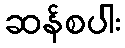
ဆန်စပါး